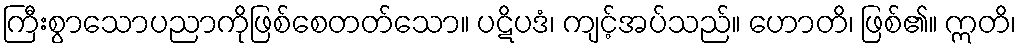
ကြီးစွာသောပညာကိုဖြစ်စေတတ်သော။ ပဋိပဒံ၊ ကျင့်အပ်သည်။ ဟောတိ၊ ဖြစ်၏။ ဣတိ၊